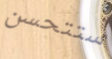
ستتحسن